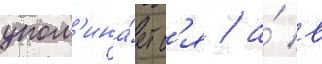
упом'ина́етс'я / а́ в